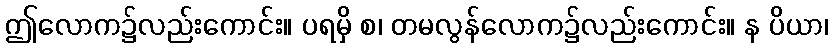
ဤလောက၌လည်းကောင်း။ ပရမှိ စ၊ တမလွန်လောက၌လည်းကောင်း။ န ပိယာ၊